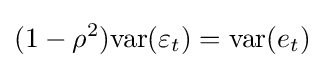
(1-\rho ^{2})\mathrm {var} (\varepsilon _{t})=\mathrm {var} (e_{t})